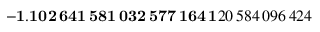
\mathbf { - 1 . 1 0 2 \, 6 4 1 \, 5 8 1 \, 0 3 2 \, 5 7 7 \, 1 6 4 \, 1 } 2 0 \, 5 8 4 \, 0 9 6 \, 4 2 4